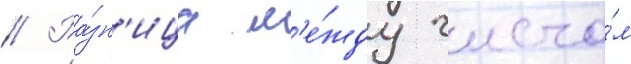
// Ра́зн'ица м'е́жду число́м